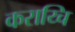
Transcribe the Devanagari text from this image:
कराय्चि